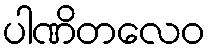
ပါဏိတလေဝ